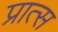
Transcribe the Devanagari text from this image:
प्रात्स